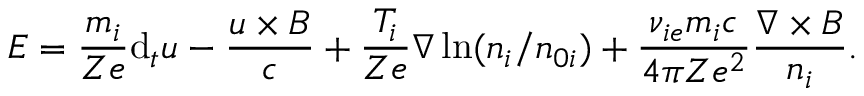
\boldsymbol { E } = \frac { m _ { i } } { Z e } \mathrm { d } _ { t } u - \frac { \boldsymbol { u } \times \boldsymbol { B } } { c } + \frac { T _ { i } } { Z e } \nabla \ln ( n _ { i } / n _ { 0 i } ) + \frac { \nu _ { i e } m _ { i } c } { 4 \pi Z e ^ { 2 } } \frac { \nabla \times \boldsymbol { B } } { n _ { i } } .